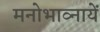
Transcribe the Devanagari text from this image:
मनोभाव्नायें